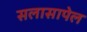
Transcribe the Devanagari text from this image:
सलासापेल